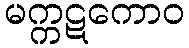
မက္ကဋကောဝ